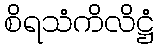
စိရသံကိလိဋ္ဌံ